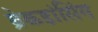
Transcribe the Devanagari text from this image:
ब्रेकडांसिंग